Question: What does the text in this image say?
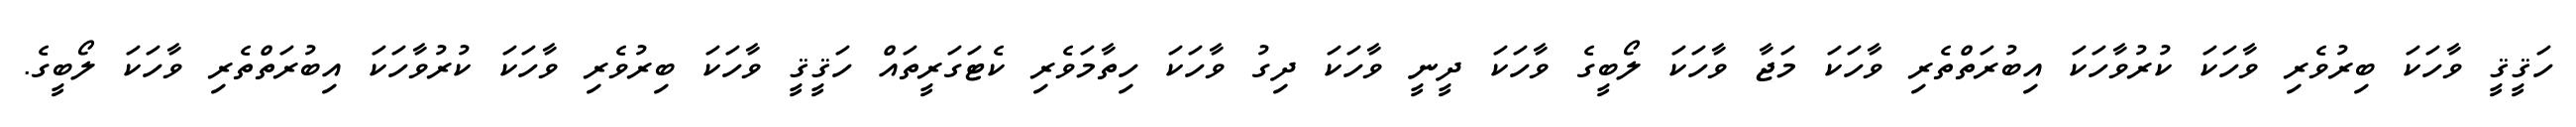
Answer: ހަޤީޤީ ވާހަކަ ބިރުވެރި ވާހަކަ ކުރުވާހަކަ އިބުރަތްތެރި ވާހަކަ މަޖާ ވާހަކަ ލޯބީގެ ވާހަކަ ދީނީ ވާހަކަ ދިގު ވާހަކަ ހިތާމަވެރި ކެޓަގަރީތައް ހަޤީޤީ ވާހަކަ ބިރުވެރި ވާހަކަ ކުރުވާހަކަ އިބުރަތްތެރި ވާހަކަ ލޯބީގެ.